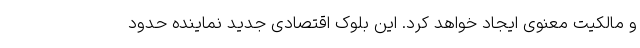
و مالکیت معنوی ایجاد خواهد کرد. این بلوک اقتصادی جدید نماینده حدود